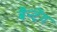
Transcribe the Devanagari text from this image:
बैन्टेंग